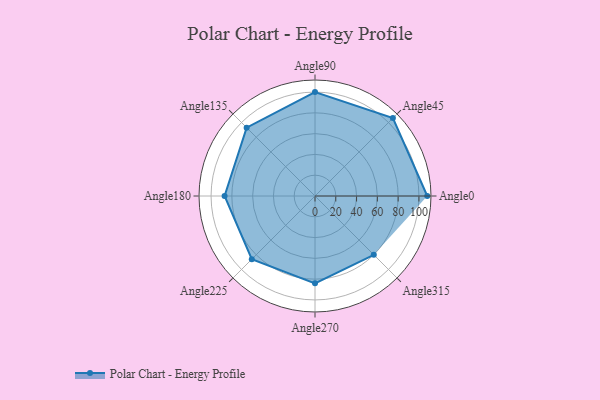
{"axis": {"x": "Angle", "y": "Radius"}, "legend": [""], "data": [{"x": "Angle0", "y": 108.0, "type": ""}, {"x": "Angle45", "y": 106.0, "type": ""}, {"x": "Angle90", "y": 100.0, "type": ""}, {"x": "Angle135", "y": 93.0, "type": ""}, {"x": "Angle180", "y": 87.0, "type": ""}, {"x": "Angle225", "y": 86.0, "type": ""}, {"x": "Angle270", "y": 84.0, "type": ""}, {"x": "Angle315", "y": 80.0, "type": ""}]}